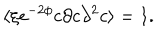
\langle \xi e ^ { - 2 \phi } c \partial c \partial ^ { 2 } c \rangle = 1 .